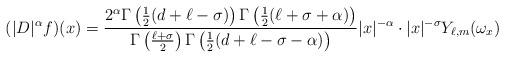
LaTeX: \begin{align*} (|D|^\alpha f)(x) = \frac{2^{\alpha} \Gamma \left(\frac{1}{2} (d+\ell-\sigma)\right) \Gamma\left(\frac{1}{2} (\ell+\sigma+\alpha )\right)}{\Gamma \left(\frac{\ell+\sigma}{2}\right) \Gamma \left(\frac{1}{2} (d+\ell-\sigma-\alpha )\right)}|x|^{-\alpha} \cdot |x|^{-\sigma} Y_{\ell,m}(\omega_x) \end{align*}